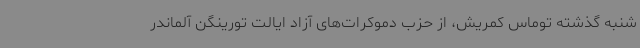
شنبه گذشته توماس کمریش، از حزب دموکرات‌های آزاد ایالت تورینگن آلماندر